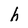
Character: h